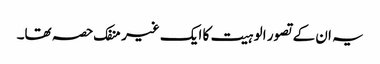
یہ ان کے تصور الوہیت کا ایک غیر منفک حصہ تھا۔